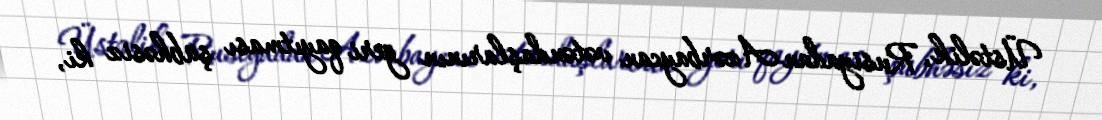
Üstəlik, Rusiyadan Azərbaycan vətəndaşlarının geri qayıtması şübhəsiz ki,